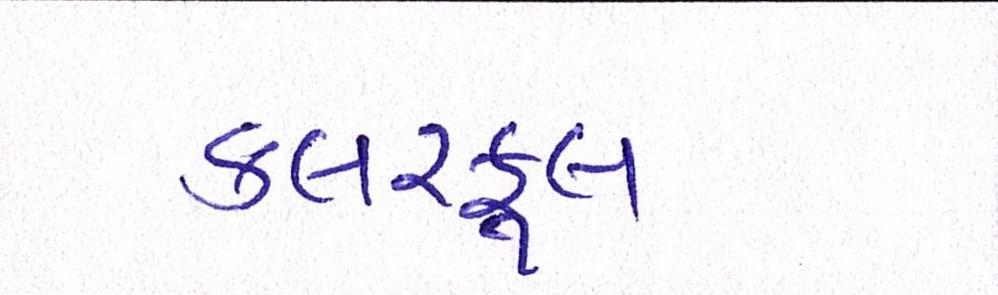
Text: કલરફૂલ